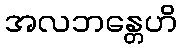
အလဘန္တေဟိ